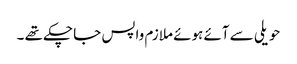
حویلی سے آئے ہوئے ملازم واپس جا چکے تھے ۔